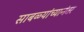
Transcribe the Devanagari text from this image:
साबळ्यांच्यानंतर